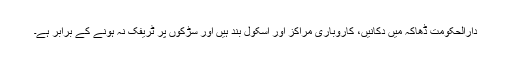
دارالحکومت ڈھاکہ میں دکانیں، کاروباری مراکز اور اسکول بند ہیں اور سڑکوں پر ٹریفک نہ ہونے کے برابر ہے۔